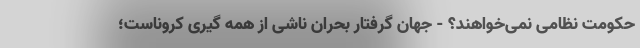
حکومت نظامی نمی‌خواهند؟ - جهان گرفتار بحران ناشی از همه گیری کروناست؛